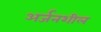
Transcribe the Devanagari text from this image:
अर्जनशील